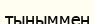
тыныммен